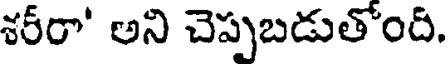
శరీరా' అని చెప్పబడుతోంది.